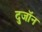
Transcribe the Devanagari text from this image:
दुजॉन